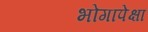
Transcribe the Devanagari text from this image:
भोगापेक्षा